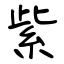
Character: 紫